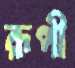
রূপী